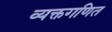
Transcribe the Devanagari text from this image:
व्यक्तगणित